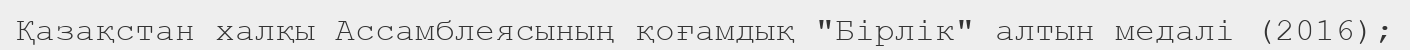
Қазақстан халқы Ассамблеясының қоғамдық "Бірлік" алтын медалі (2016);